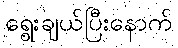
ရွေးချယ်ပြီးနောက်